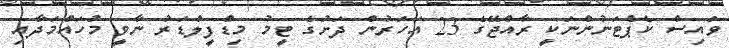
ވައިސް ކެޕްޓަނުންނަކީ ރާއްޖޭގެ 23 އަހަރުން ދަށުގެ ޓީމު މިޑްފީލްޑަރު ނާވީ މުހައްމަދާއި